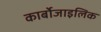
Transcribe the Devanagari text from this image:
कार्बोजाइलिक